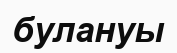
булануы